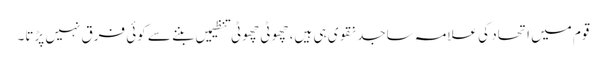
قوم میں اتحاد کی علامہ ساجد نقوی ہی ہیں، چھوٹی چھوٹی تنظیمیں بننے سے کوئی فرق نہیں پڑتا۔